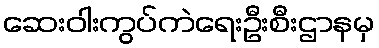
ဆေးဝါးကွပ်ကဲရေးဦးစီးဌာနမှ